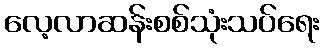
လေ့လာဆန်းစစ်သုံးသပ်ရေး